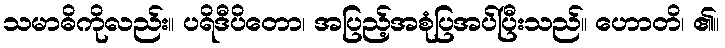
သမာဓိကိုလည်း။ ပရိဒီပိတော၊ အပြည့်အစုံပြအပ်ပြီးသည်။ ဟောတိ၊ ၏။